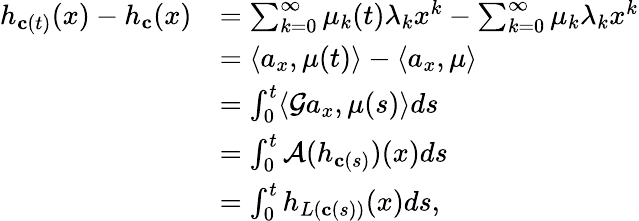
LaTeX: \begin{array}{rl}{h_{{\mathbf c}(t)}(x)-h_{\mathbf c}(x)}&{=\sum_{k=0}^{\infty}{\mu}_{k}(t)\lambda_{k}x^{k}-\sum_{k=0}^{\infty}{\mu}_{k}\lambda_{k}x^{k}}\\ &{=\langle a_{x},{\mu}(t)\rangle-\langle a_{x},{\mu}\rangle}\\ &{=\int_{0}^{t}\langle{\mathcal G}a_{x},{\mu}(s)\rangle ds}\\ &{=\int_{0}^{t}{\mathcal A}(h_{{\mathbf c}(s)})(x)ds}\\ &{=\int_{0}^{t}h_{L({\mathbf c}(s))}(x)ds,}\end{array}